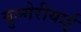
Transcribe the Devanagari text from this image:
बुल्गेरीयाई